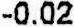
-0.02